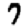
Digit: 7